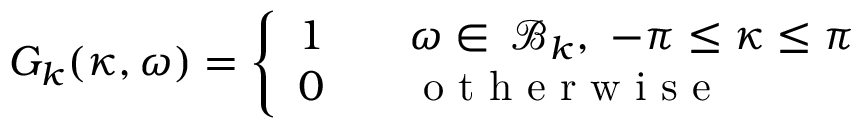
G _ { k } ( \kappa , \omega ) = \left\{ \begin{array} { l l } { 1 \ \ \ } & { \omega \in \, \mathcal { B } _ { k } , \ - \pi \leq \kappa \leq \pi } \\ { 0 \ \ } & { \mathrm { ~ o ~ t ~ h ~ e ~ r ~ w ~ i ~ s ~ e ~ } } \end{array} \right.